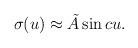
LaTeX: \begin{align*}\sigma( u) \approx \tilde{A} \sin c u.\end{align*}